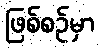
ဖြစ်စဉ်မှာ